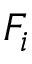
F _ { i }